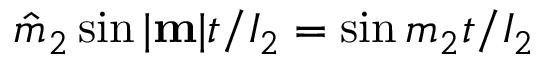
\hat { m } _ { 2 } \sin | { \bf m } | t / I _ { 2 } = \sin m _ { 2 } t / I _ { 2 }